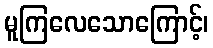
မူကြလေသောကြောင့်၊